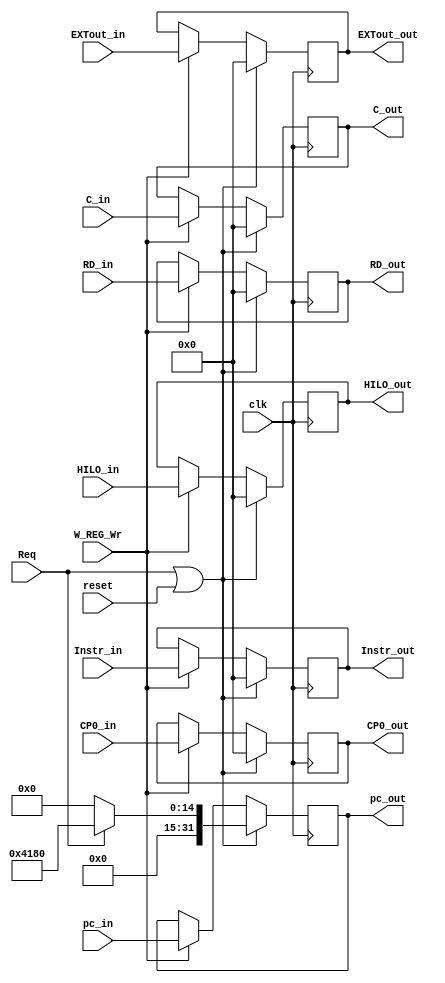
module W_REG (
    input wire Req,
    input wire clk,
    input wire reset,
    input wire W_REG_Wr,
    input wire [31:0] Instr_in,
    input wire [31:0] pc_in,
    input wire [31:0] C_in,
    input wire [31:0] RD_in,
    input wire [31:0] EXTout_in,
    input wire [31:0] HILO_in,
    input wire [31:0] CP0_in,
    output reg [31:0] Instr_out,
    output reg [31:0] pc_out,
    output reg [31:0] C_out,
    output reg [31:0] RD_out,
    output reg [31:0] EXTout_out,
    output reg [31:0] HILO_out,
    output reg [31:0] CP0_out
);
    always @(posedge clk) begin
        if (Req || reset) begin
            Instr_out <= 0;
            pc_out <= Req ? 32'h0000_4180 : 0;
            C_out <= 0;
            RD_out <= 0;
            EXTout_out <= 0;
            HILO_out <= 0;
            CP0_out <= 0;
        end
        else if (W_REG_Wr) begin
            Instr_out <= Instr_in;
            pc_out <= pc_in;
            C_out <= C_in;
            RD_out <= RD_in;
            EXTout_out <= EXTout_in;
            HILO_out <= HILO_in;
            CP0_out <= CP0_in;
        end
    end
endmodule